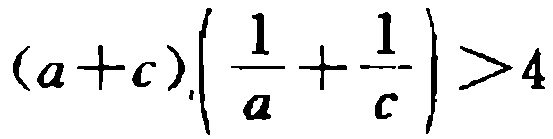
\((a + c)\left(\frac{1}{a}+\frac{1}{c}\right)>4\)